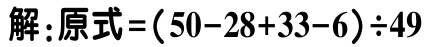
解：原式\(=(50 - 28 + 33 - 6)\div49\)